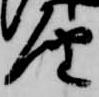
届